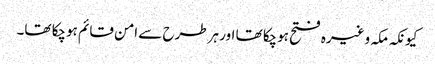
کیونکہ مکہ وغیرہ فتح ہوچکا تھا اور ہرطرح سے امن قائم ہوچکا تھا۔